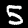
Label: 5